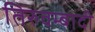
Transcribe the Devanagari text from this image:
तिरुवम्बादी